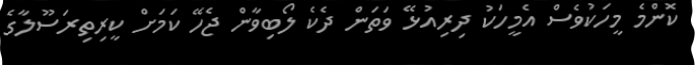
ކޮންމެ މީހަކުވެސް އެމީހަކު ދިރިއުޅޭ ވަތަން ދެކެ ލޯބިވާން ޖެހޭ ކަމަށް ކީރިތިރަސޫލާގެ